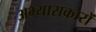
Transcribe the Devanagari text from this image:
अभ्‍यासकारों